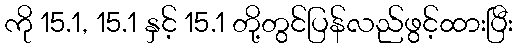
ကို 15.1, 15.1 နှင့် 15.1 တို့တွင်ပြန်လည်ဖွင့်ထားပြီး